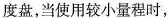
度盘，当使用较小量程时，